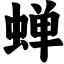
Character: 蝉